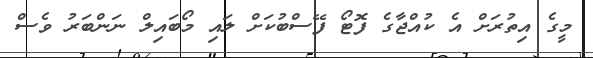
މީގެ އިތުރަށް އެ ކުއްޖާގެ ފޮޓޯ ފޭސްބުކަށް ލައި މޯބައިލް ނަންބަރު ވެސް